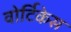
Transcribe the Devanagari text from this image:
वोर्टिकेस